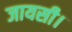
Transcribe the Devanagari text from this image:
जायसी।